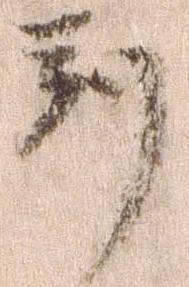
判